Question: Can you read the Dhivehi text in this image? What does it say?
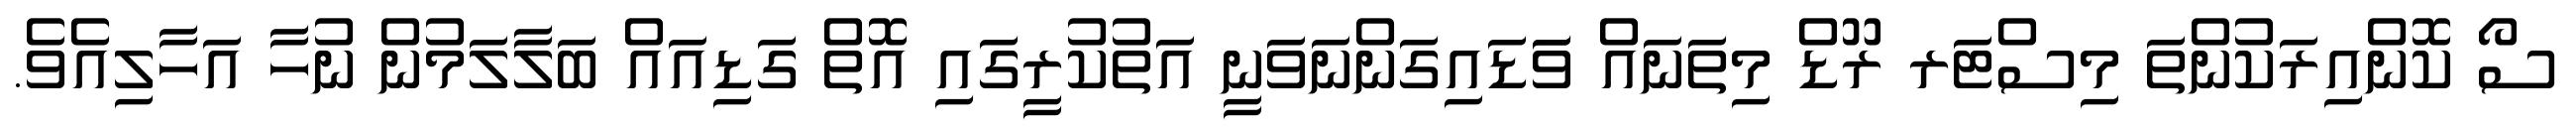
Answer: ސޯ ކޮންއިރަކުންތަ މިސްޓަރ ރޫޑް މިތަނައް ވަަޑައިގަންނަވަނީ އަތުކުރީގައި އޮތް ގަޑިއައް ބަލާލަމުން ނުހާ އަހާލިއެވެ.